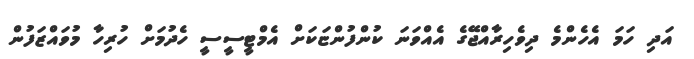
އަދި ހަމަ އެހެންމެ ދިވެހިރާއްޖޭގެ އެއްވަނަ ކުންފުންޏަކަށް އެމްޓީސީސީ ހެދުމަށް ހުރިހާ މުވައްޒަފުން